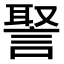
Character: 𧩞